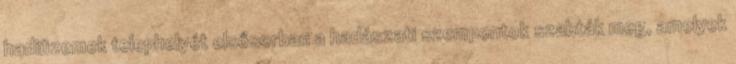
hadiüzemek telephelyét elsősorban a hadászati szempontok szabták meg, amelyek